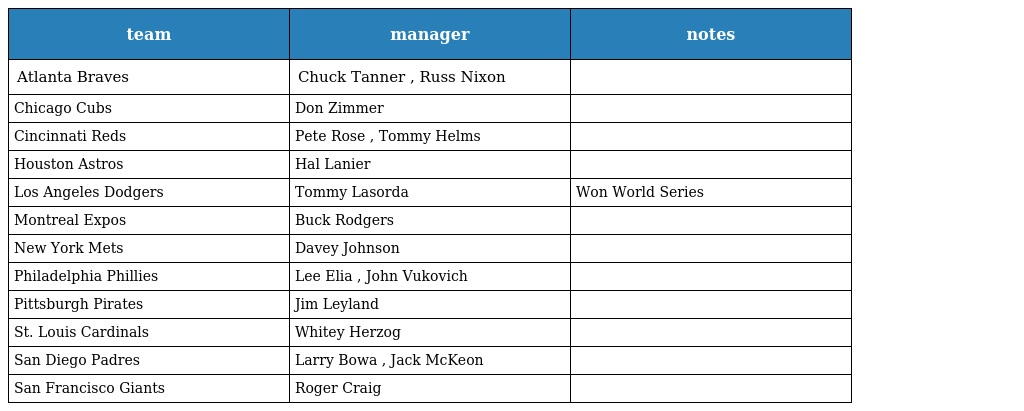
| team | manager | notes |
 | --- | --- | --- |
 | Atlanta Braves | Chuck Tanner , Russ Nixon |  |
 | Chicago Cubs | Don Zimmer |  |
 | Cincinnati Reds | Pete Rose , Tommy Helms |  |
 | Houston Astros | Hal Lanier |  |
 | Los Angeles Dodgers | Tommy Lasorda | Won World Series |
 | Montreal Expos | Buck Rodgers |  |
 | New York Mets | Davey Johnson |  |
 | Philadelphia Phillies | Lee Elia , John Vukovich |  |
 | Pittsburgh Pirates | Jim Leyland |  |
 | St. Louis Cardinals | Whitey Herzog |  |
 | San Diego Padres | Larry Bowa , Jack McKeon |  |
 | San Francisco Giants | Roger Craig |  |